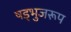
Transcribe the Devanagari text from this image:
षड्भुजरूप